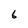
Character: 6